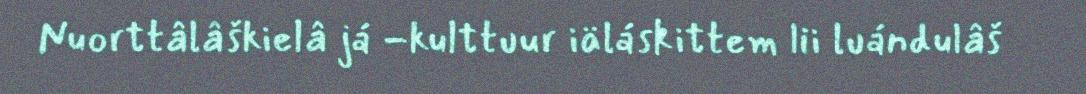
Nuorttâlâškielâ já -kulttuur iäláskittem lii luándulâš